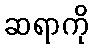
ဆရာကို